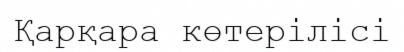
Қарқара көтерілісі